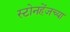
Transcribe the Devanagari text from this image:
स्टोनहेंजच्या